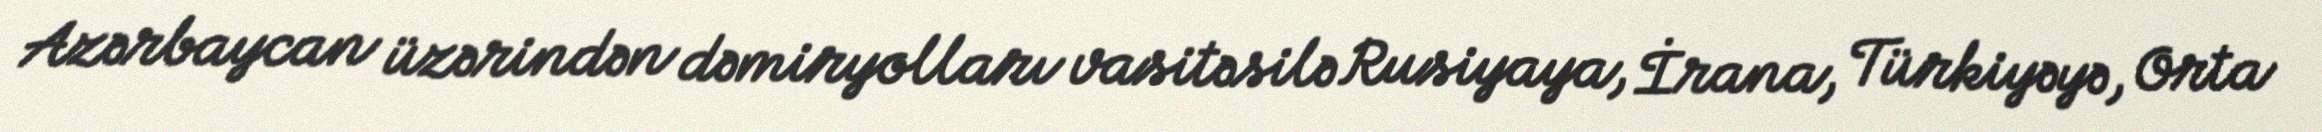
Azərbaycan üzərindən dəmiryolları vasitəsilə Rusiyaya, İrana, Türkiyəyə, Orta